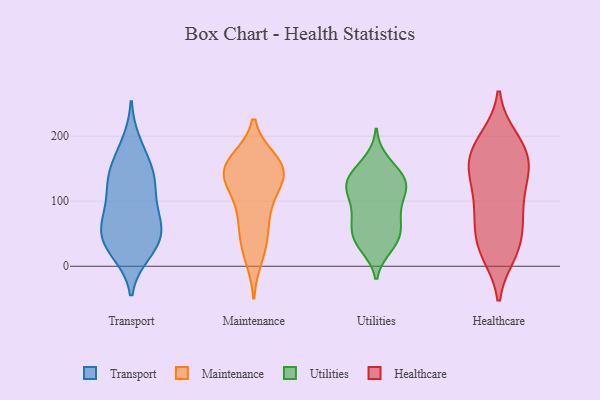
{"axis": {"x": "Page Views", "y": "Value"}, "legend": ["Healthcare", "Maintenance", "Transport", "Utilities"], "data": [{"x": "", "y": 57, "type": "Transport"}, {"x": "", "y": 36, "type": "Transport"}, {"x": "", "y": 122, "type": "Transport"}, {"x": "", "y": 188, "type": "Transport"}, {"x": "", "y": 128, "type": "Transport"}, {"x": "", "y": 21, "type": "Transport"}, {"x": "", "y": 77, "type": "Transport"}, {"x": "", "y": 139, "type": "Transport"}, {"x": "", "y": 165, "type": "Transport"}, {"x": "", "y": 95, "type": "Transport"}, {"x": "", "y": 38, "type": "Transport"}, {"x": "", "y": 28, "type": "Transport"}, {"x": "", "y": 141, "type": "Transport"}, {"x": "", "y": 68, "type": "Transport"}, {"x": "", "y": 59, "type": "Transport"}, {"x": "", "y": 134, "type": "Maintenance"}, {"x": "", "y": 148, "type": "Maintenance"}, {"x": "", "y": 28, "type": "Maintenance"}, {"x": "", "y": 104, "type": "Maintenance"}, {"x": "", "y": 75, "type": "Maintenance"}, {"x": "", "y": 47, "type": "Maintenance"}, {"x": "", "y": 160, "type": "Maintenance"}, {"x": "", "y": 163, "type": "Maintenance"}, {"x": "", "y": 117, "type": "Maintenance"}, {"x": "", "y": 141, "type": "Maintenance"}, {"x": "", "y": 143, "type": "Maintenance"}, {"x": "", "y": 13, "type": "Maintenance"}, {"x": "", "y": 147, "type": "Maintenance"}, {"x": "", "y": 71, "type": "Maintenance"}, {"x": "", "y": 159, "type": "Maintenance"}, {"x": "", "y": 140, "type": "Utilities"}, {"x": "", "y": 30, "type": "Utilities"}, {"x": "", "y": 47, "type": "Utilities"}, {"x": "", "y": 39, "type": "Utilities"}, {"x": "", "y": 115, "type": "Utilities"}, {"x": "", "y": 131, "type": "Utilities"}, {"x": "", "y": 152, "type": "Utilities"}, {"x": "", "y": 162, "type": "Utilities"}, {"x": "", "y": 35, "type": "Utilities"}, {"x": "", "y": 92, "type": "Utilities"}, {"x": "", "y": 113, "type": "Utilities"}, {"x": "", "y": 122, "type": "Utilities"}, {"x": "", "y": 40, "type": "Utilities"}, {"x": "", "y": 118, "type": "Utilities"}, {"x": "", "y": 70, "type": "Utilities"}, {"x": "", "y": 128, "type": "Utilities"}, {"x": "", "y": 64, "type": "Utilities"}, {"x": "", "y": 74, "type": "Utilities"}, {"x": "", "y": 132, "type": "Utilities"}, {"x": "", "y": 80, "type": "Utilities"}, {"x": "", "y": 145, "type": "Healthcare"}, {"x": "", "y": 143, "type": "Healthcare"}, {"x": "", "y": 54, "type": "Healthcare"}, {"x": "", "y": 30, "type": "Healthcare"}, {"x": "", "y": 22, "type": "Healthcare"}, {"x": "", "y": 108, "type": "Healthcare"}, {"x": "", "y": 137, "type": "Healthcare"}, {"x": "", "y": 25, "type": "Healthcare"}, {"x": "", "y": 66, "type": "Healthcare"}, {"x": "", "y": 152, "type": "Healthcare"}, {"x": "", "y": 196, "type": "Healthcare"}, {"x": "", "y": 84, "type": "Healthcare"}, {"x": "", "y": 170, "type": "Healthcare"}, {"x": "", "y": 77, "type": "Healthcare"}, {"x": "", "y": 152, "type": "Healthcare"}, {"x": "", "y": 19, "type": "Healthcare"}, {"x": "", "y": 182, "type": "Healthcare"}, {"x": "", "y": 98, "type": "Healthcare"}, {"x": "", "y": 197, "type": "Healthcare"}, {"x": "", "y": 180, "type": "Healthcare"}]}